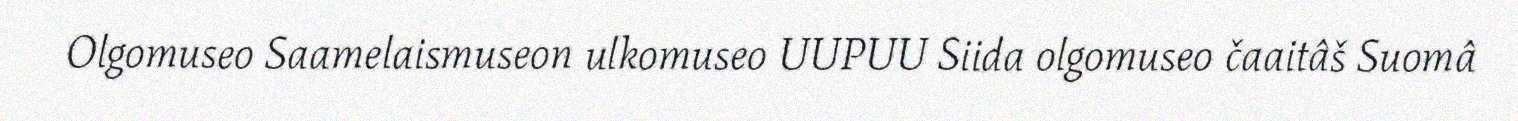
Olgomuseo Saamelaismuseon ulkomuseo UUPUU Siida olgomuseo čaaitâš Suomâ